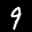
Label: 9